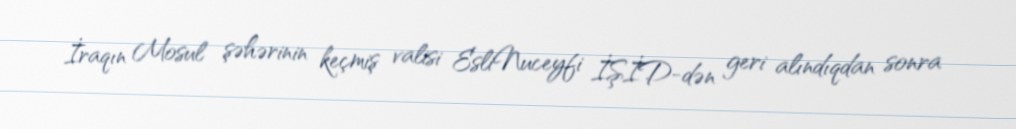
İraqın Mosul şəhərinin keçmiş valisi EsliNuceyfi İŞİD-dən geri alındıqdan sonra